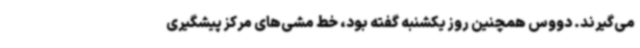
می‌گیرند. دووس همچنین روز یکشنبه گفته بود، خط مشی‌های مرکز پیشگیری